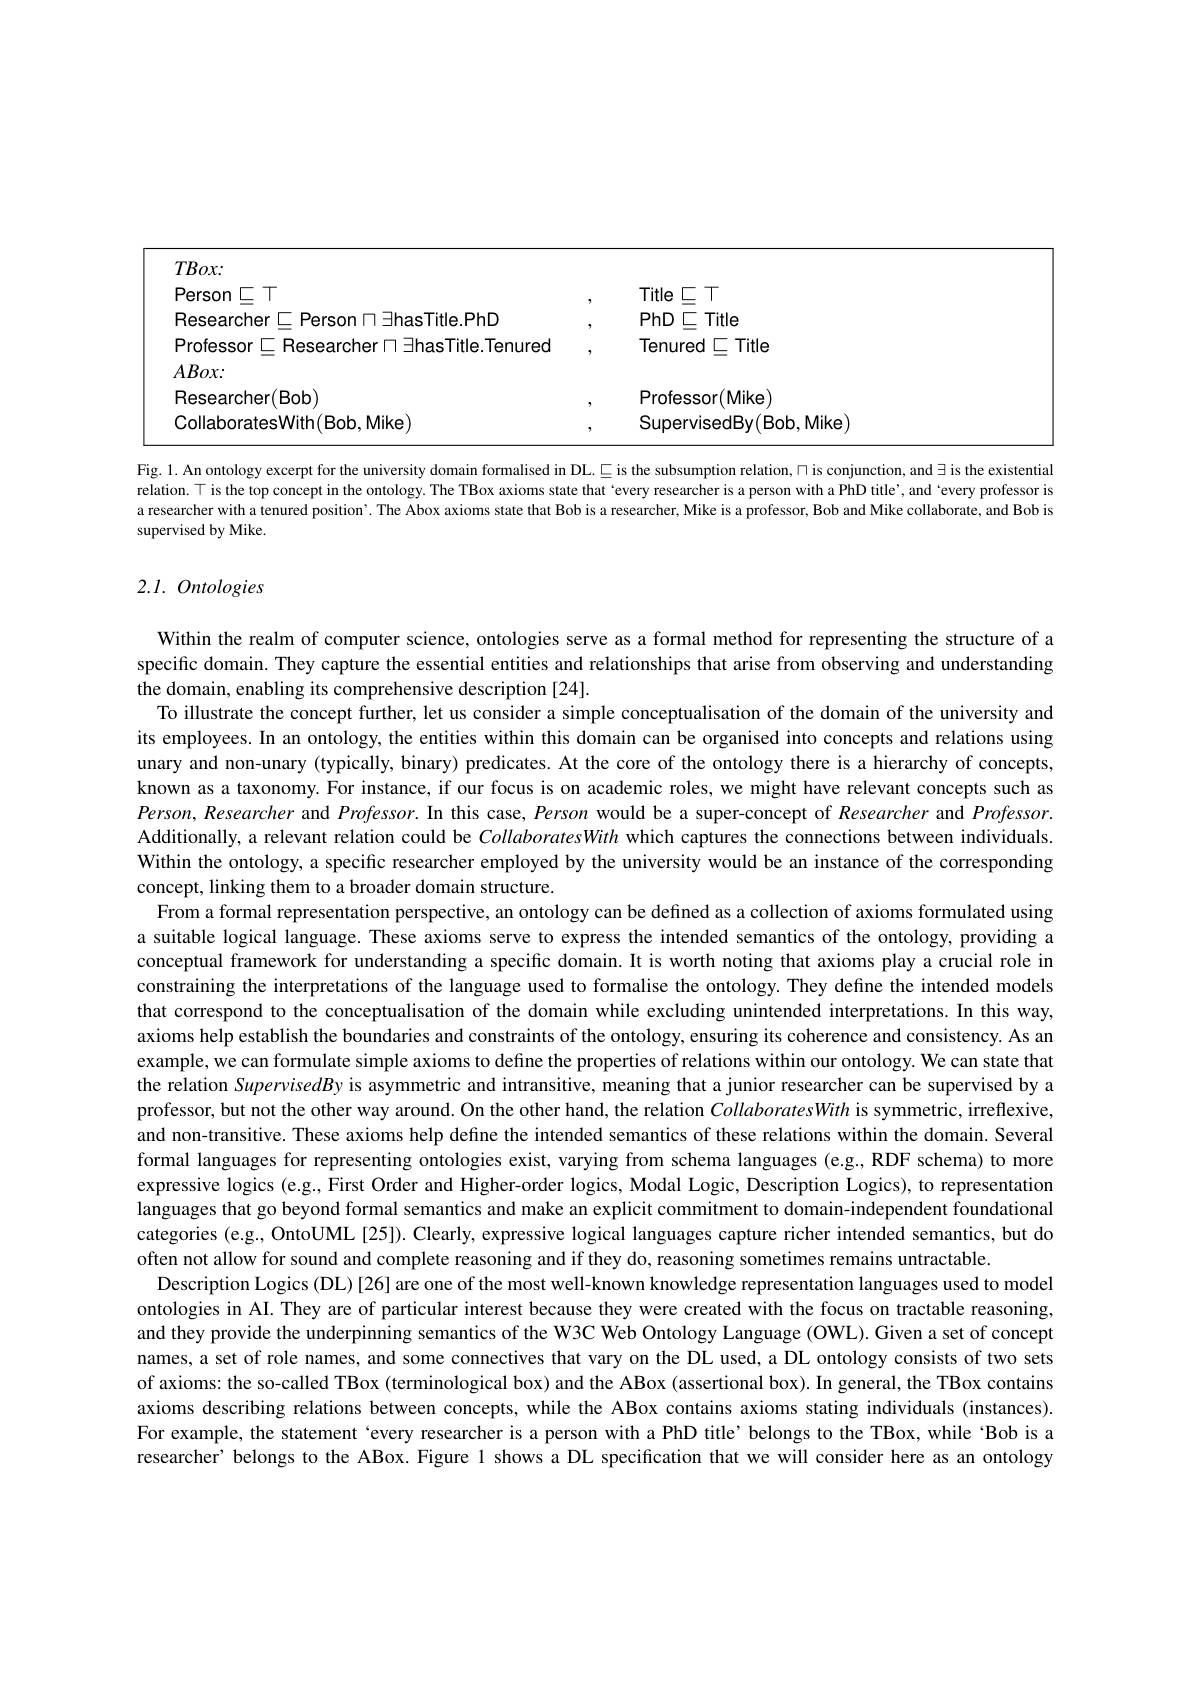
<table>
	<tbody>
		<tr>
			<td>$TBox.$</td>
			<td> </td>
			<td> </td>
		</tr>
		<tr>
			<td>Person $\subset\top$</td>
			<td>,</td>
			<td>Title $\subset\top$</td>
		</tr>
		<tr>
			<td>Researcher$\sqsubset$Person$\sqcap\exists$hasTitle.PhD</td>
			<td>,</td>
			<td>PhD$\subseteq$Title</td>
		</tr>
		<tr>
			<td>Professor $\sqsubseteq$ Researcher $\sqcap\exists$hasTitle.Tenured</td>
			<td>9</td>
			<td>Tenured $\subseteq$Title</td>
		</tr>
		<tr>
			<td>$ABox:$</td>
			<td> </td>
			<td> </td>
		</tr>
		<tr>
			<td>Researcher(Bob)</td>
			<td>,</td>
			<td>Professor(Mike)</td>
		</tr>
		<tr>
			<td>Mikel</td>
			<td>7</td>
			<td>SupervisedBy(Bob,Mike)</td>
		</tr>
	</tbody>
</table>

Fig. 1. An ontology excerpt for the university domain formalised in DL. $\subseteq$ is the subsumption relation, $\cap$ is conjunction, and $\exists$ is the existentia relation. T is the top concept in the ontology. The TBox axioms state that `every researcher is a person with a PhD title', and`every professor is a researcher with a tenured position'. The Abox axioms state that Bob is a researcher, Mike is a professor, Bob and Mike collaborate, and Bob is supervised by Mike.

## $2.l.~Ontologies$

Within the realm of computer science, ontologies serve as a formal method for representing the structure of a specific domain. They capture the essential entities and relationships that arise from observing and understanding the domain, enabling its comprehensive description [24].
To illustrate the concept further, let us consider a simple conceptualisation of the domain of the university and its employees. In an ontology, the entities within this domain can be organised into concepts and relations using unary and non-unary (typically, binary) predicates. At the core of the ontology there is a hierarchy of concepts, known as a taxonomy. For instance, if our focus is on academic roles, we might have relevant concepts such as Person, Researcher and Professor. In this case, Person would be a super-concept of Researcher and Professor. Additionally, a relevant relation could be CollaboratesWith which captures the connections between individuals. Within the ontology, a specific researcher employed by the university would be an instance of the corresponding concept, linking them to a broader domain structure.
From a formal representation perspective, an ontology can be defined as a collection of axioms formulated using a suitable logical language. These axioms serve to express the intended semantics of the ontology, providing a conceptual framework for understanding a specific domain. It is worth noting that axioms play a crucial role in constraining the interpretations of the language used to formalise the ontology. They define the intended models that correspond to the conceptualisation of the domain while excluding unintended interpretations. In this way, axioms help establish the boundaries and constraints of the ontology, ensuring its coherence and consistency. As am example, we can formulate simple axioms to define the properties of relations within our ontology. We can state that the relation SupervisedBy is asymmetric and intransitive, meaning that a junior researcher can be supervised by a professor, but not the other way around. On the other hand, the relation CollaboratesWith is symmetric, irreflexive, and non-transitive. These axioms help define the intended semantics of these relations within the domain. Several formal languages for representing ontologies exist, varying from schema languages (e.g.,RDF schema) to more expressive logics (e.g., First Order and Higher-order logics, Modal Logic, Description Logics), to representation languages that go beyond formal semantics and make an explicit commitment to domain-independent foundational categories (e.g., OntoUML [25]). Clearly, expressive logical languages capture richer intended semantics, but do often not allow for sound and complete reasoning and if they do, reasoning sometimes remains untractable.
Description Logics (DL) [26] are one of the most well-known knowledge representation languages used to model ontologies in AI. They are of particular interest because they were created with the focus on tractable reasoning, and they provide the underpinning semantics of the W3C Web Ontology Language (OWL). Given a set of concept names, a set of role names, and some connectives that vary on the DL used, a DL ontology consists of two sets of axioms: the so-called TBox (terminological box) and the ABox (assertional box). In general, the TBox contains axioms describing relations between concepts, while the ABox contains axioms stating individuals (instances). For example, the statement `every researcher is a person with a PhD title' belongs to the TBox, while ‘Bob is a researcher’belongs to the ABox. Figure 1 shows a DL specification that we will consider here as an ontology